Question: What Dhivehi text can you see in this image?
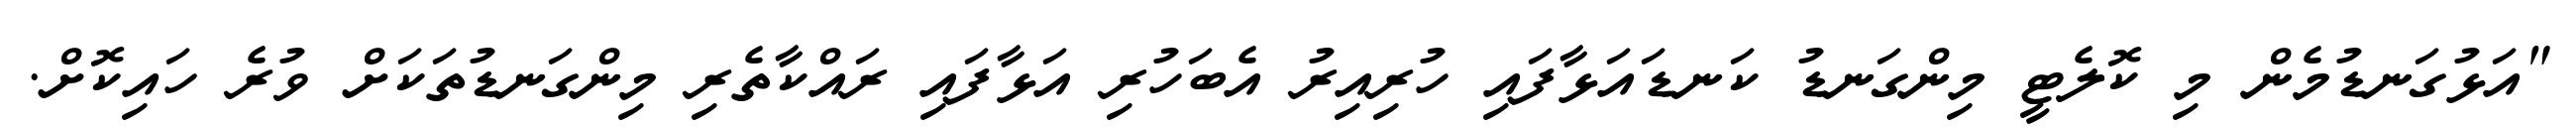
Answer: "އަޅުގަނޑުމެން މި ކޮލެޓީ މިންގަނޑު ކަނޑައަޅާފައި ހުރިއިރު އެބަހުރި އަޅާފައި ރައްކާތެރި މިންގަނޑުތަކަށް ވުރެ ހައިކޮށް.